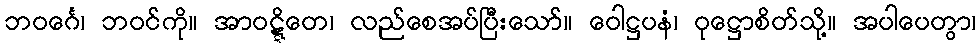
ဘဝင်္ဂေ၊ ဘဝင်ကို။ အာဝဋ္ဋိတေ၊ လည်စေအပ်ပြီးသော်။ ဝေါဋ္ဌပနံ၊ ဝုဋ္ဌောစိတ်သို့။ အပါပေတွာ၊